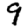
Digit: 9